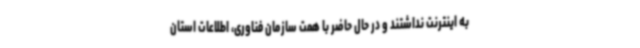
به اینترنت نداشتند و در حال حاضر با همت سازمان فناوری، اطلاعات استان